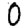
Digit: 0